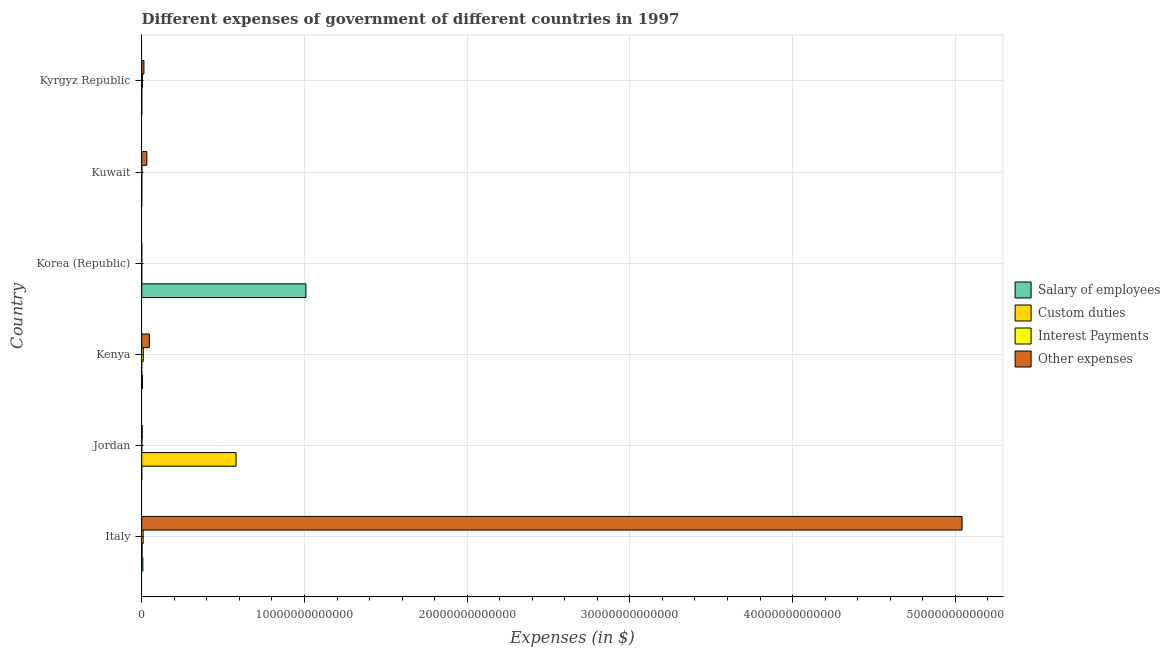
| Country | Salary of employees | Custom duties | Interest Payments | Other expenses |
 | --- | --- | --- | --- | --- |
 | Italy | 7.01e+10 | 2.12e+10 | 8.7e+10 | 5.04e+13 |
 | Jordan | 9.72e+08 | 5.8e+12 | 3.22e+09 | 2.88e+10 |
 | Kenya | 4.26e+10 | 8.3e+07 | 9.54e+10 | 4.72e+11 |
 | Korea (Republic) | 1.01e+13 | 2.2e+07 | 2.01e+08 | 1.46e+09 |
 | Kuwait | 1.08e+09 | 6.52e+09 | 9.3e+09 | 3.13e+11 |
 | Kyrgyz Republic | 2.2e+09 | 5.53e+08 | 4e+10 | 1.36e+11 |